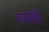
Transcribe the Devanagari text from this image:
घनताही